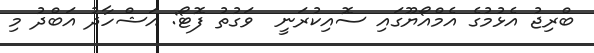
ބްރިޖު އެޅުމުގެ އެމްއޯޔޫގައި ސޮއިކުރަނީ  ވަގުތު ފޮޓޯ: އަޝްހާދު އަބްދު މި